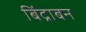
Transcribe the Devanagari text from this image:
बिंद्राबन